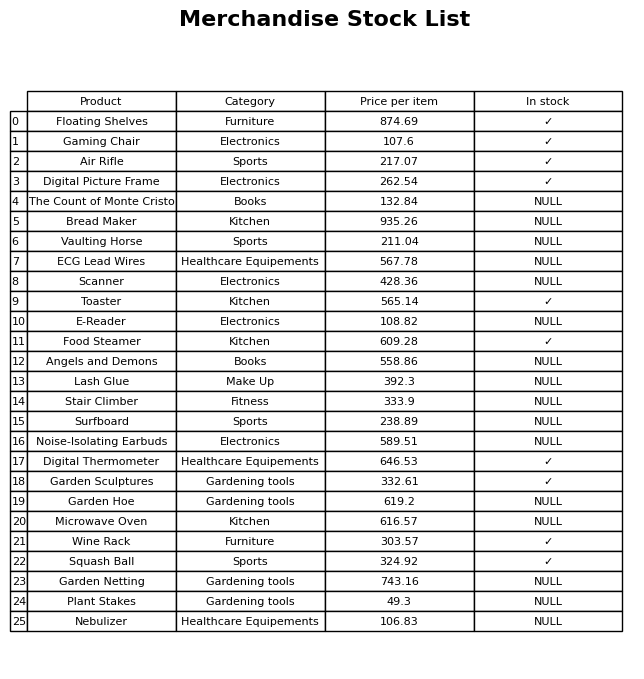
question: What is the price of the Plant Stakes?
answer: The price of Plant Stakes is 49.3.